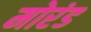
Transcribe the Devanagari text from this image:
मोरंड